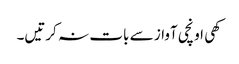
کھی اونچی آواز سے بات نہ کرتیں۔